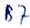
Text: B7